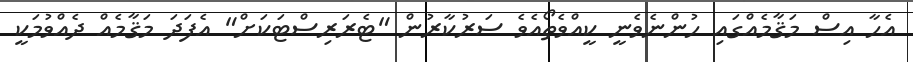
އެހާ އިސް މަޤާމެއްގައި ހުންނެވެނީ ކީއްވެތޯއެވެ ސަރުކާރުން "ޓެރަރިސްޓަކަށް" އެފަދަ މަޤާމެއް ދެއްވުމަކީ